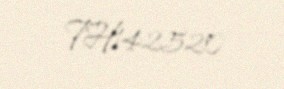
TH142520